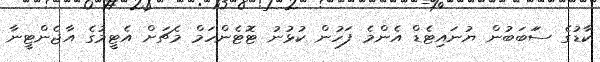
ކާޑުގެ ސަަބަބުން ޔުނައިޓެޑް އެންމެ ފަހުން ކުޅުނު ޓޮޓެންހަމް މެޗަށް އެޓީމުގެ އާޖެންޓީނާ